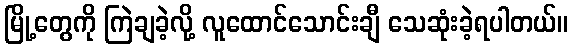
မြို့တွေကို ကြဲချခဲ့လို့ လူထောင်သောင်းချီ သေဆုံးခဲ့ရပါတယ်။